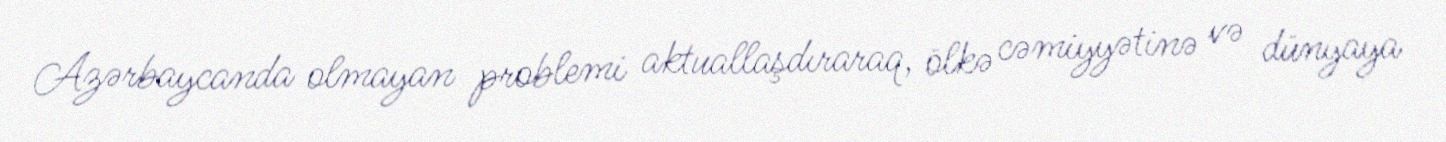
Azərbaycanda olmayan problemi aktuallaşdıraraq, ölkə cəmiyyətinə və dünyaya